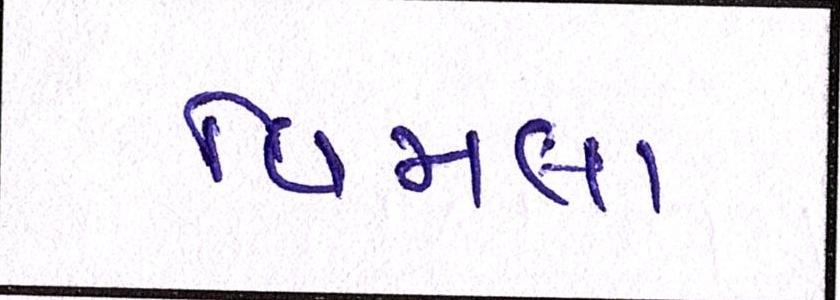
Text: વિમલા